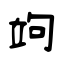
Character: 竘